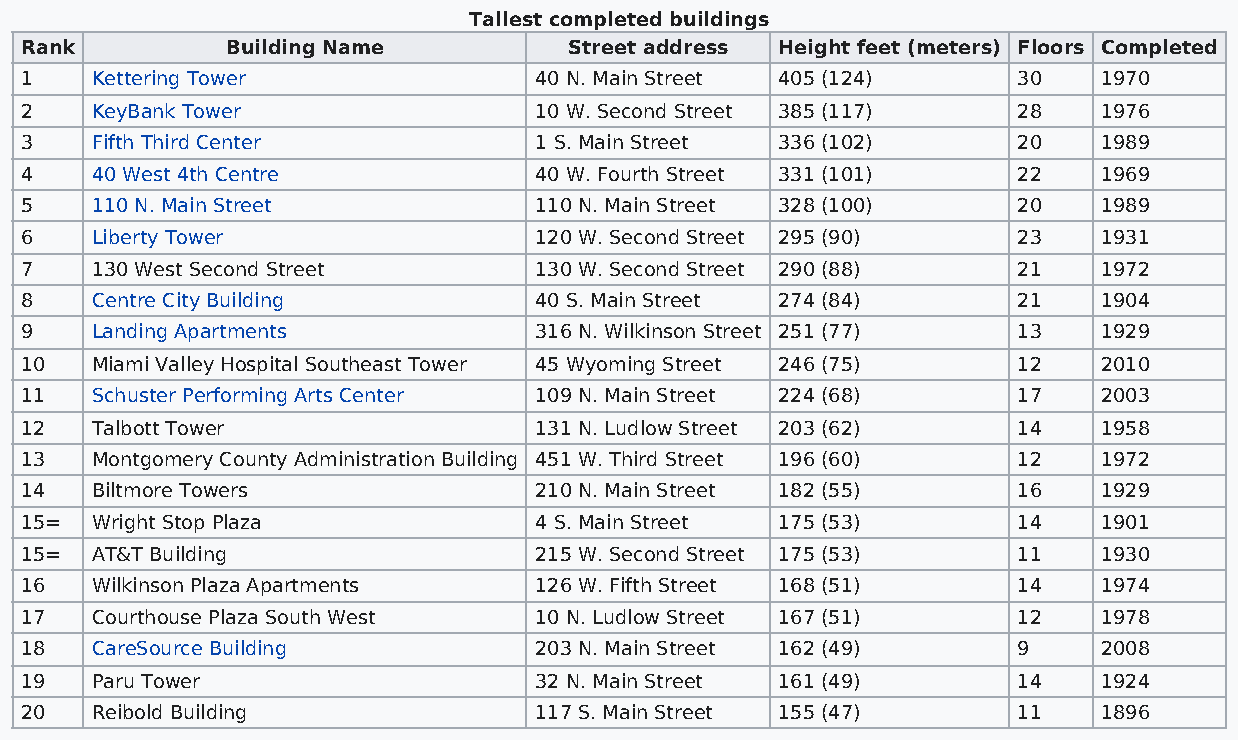
Tallest completed buildings
 Rank          Building Name          Street address Height feet (meters) Floors Completed
 1    Kettering Tower              40 N. Main Street 405 (124)     30    1970
 2    KeyBank Tower                10 W. Second Street 385 (117)   28    1976
 3    Fifth Third Center           1 S. Main Street 336 (102)      20    1989
 4    40 West 4th Centre           40 W. Fourth Street 331 (101)   22    1969
 5    110 N. Main Street           110 N. Main Street 328 (100)    20    1989
 6    Liberty Tower                120 W. Second Street 295 (90)   23    1931
 7    130 West Second Street       130 W. Second Street 290 (88)   21    1972
 8    Centre City Building         40 S. Main Street 274 (84)      21    1904
 9    Landing Apartments           316 N. Wilkinson Street 251 (77) 13   1929
 10   Miami Valley Hospital Southeast Tower 45 Wyoming Street 246 (75) 12 2010
 11   Schuster Performing Arts Center 109 N. Main Street 224 (68)  17    2003
 12   Talbott Tower                131 N. Ludlow Street 203 (62)   14    1958
 13   Montgomery County Administration Building 451 W. Third Street 196 (60) 12 1972
 14   Biltmore Towers              210 N. Main Street 182 (55)     16    1929
 15=  Wright Stop Plaza            4 S. Main Street 175 (53)       14    1901
 15=  AT&T Building                215 W. Second Street 175 (53)   11    1930
 16   Wilkinson Plaza Apartments   126 W. Fifth Street 168 (51)    14    1974
 17   Courthouse Plaza South West  10 N. Ludlow Street 167 (51)    12    1978
 18   CareSource Building          203 N. Main Street 162 (49)     9     2008
 19   Paru Tower                   32 N. Main Street 161 (49)      14    1924
 20   Reibold Building             117 S. Main Street 155 (47)     11    1896